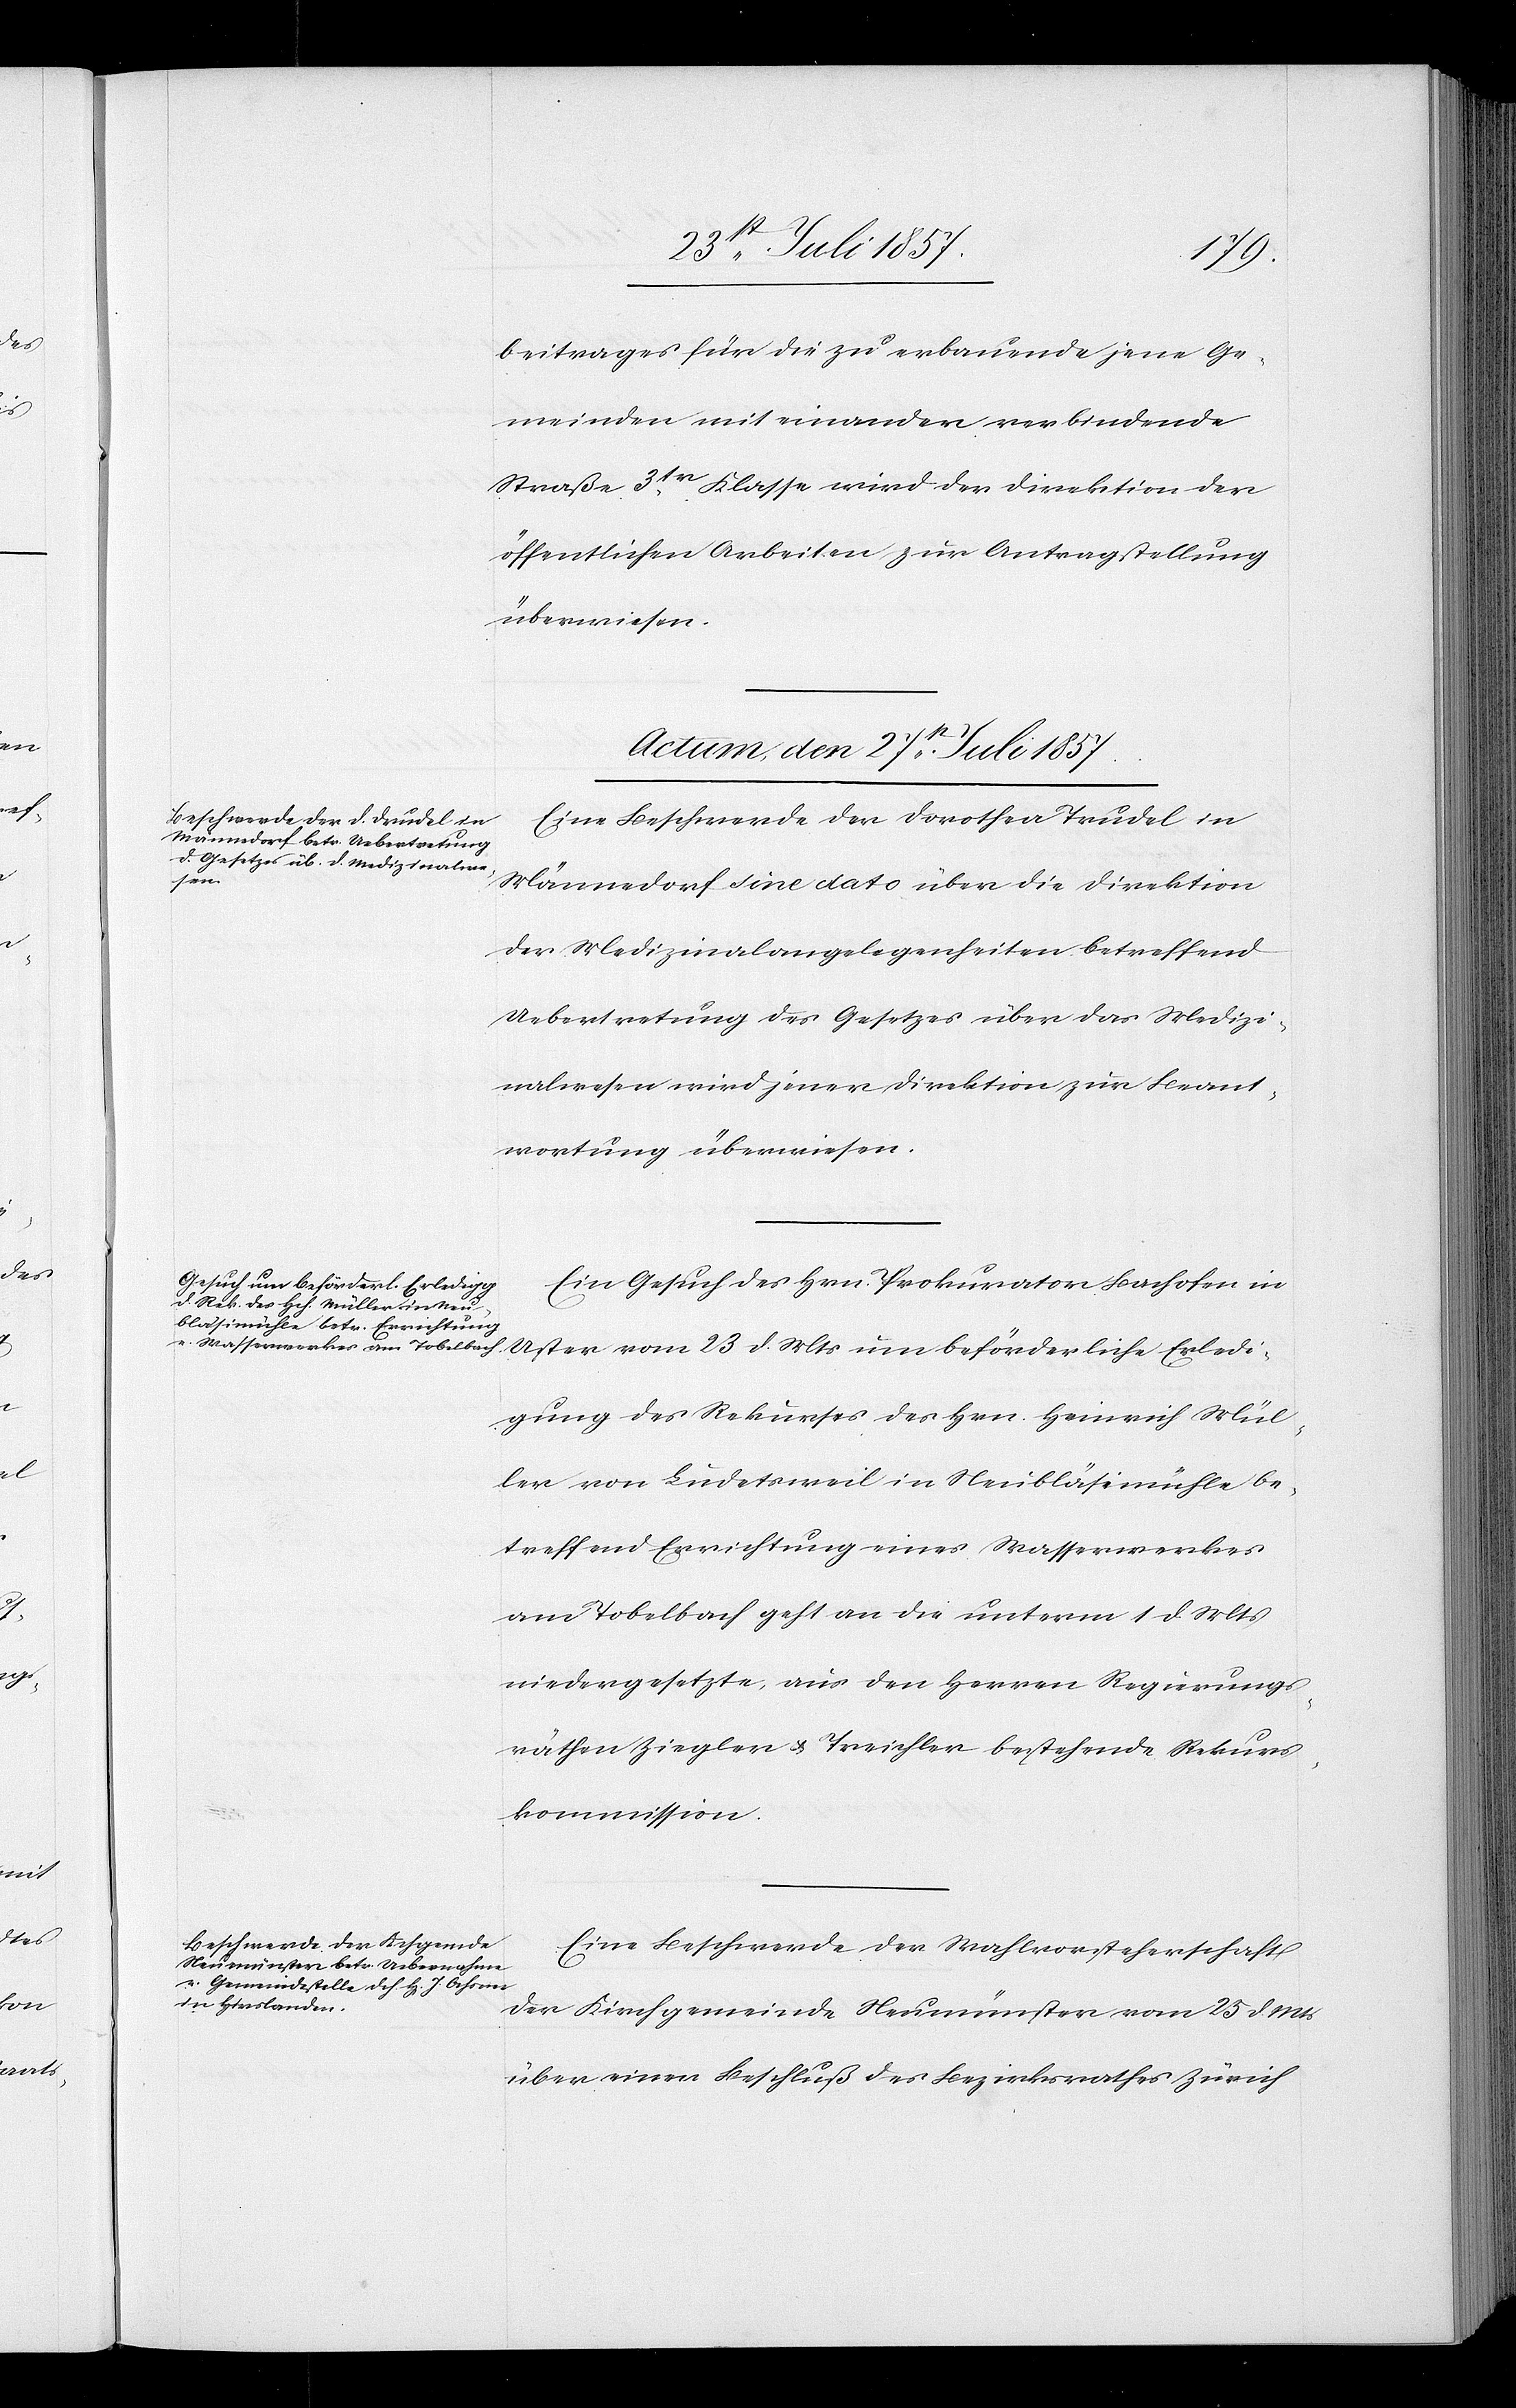
beitrages für die zu erbauende jene Ge¬
meinden mit einander verbindende
Straße 3tr Klasse wird der Direktion der
öffentlichen Arbeiten zur Antragstellung
überwiesen.
Actum den 27t Juli 1857.]
Eine Beschwerde der Dorothea Trudel in
Männedorf sine dato über die Direktion
der Medizinalangelegenheiten betreffend
Uebertretung des Gesetzes über das Medizi¬
nalwesen wird jener Direktion zur Beant¬
wortung überwiesen.
Ein Gesuch des Hrn. Prokurator Bachofen in
Uster vom 23 d. Mts. um beförderliche Erledi¬
gung des Rekurses des Hrn. Heinrich Mül¬
lr von Ludetsweil in Neubläsimühle be¬
treffend Errichtung eines Wasserwerkes
am Tobelbach geht an die unterm 1 d. Mts.
niedergesetzte, aus den Herren Regierungs¬
räthen Ziegler & Treichler bestehende Rekurs¬
kommission.
Eine Beschwerde der Wahlvorsteherschaft
der Kirchgemeinde Neumünster vom 25 d. Mts.
über einen Beschluß des Bezirksrathes Zürich